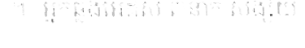
៕  អ្នកឆ្លងអេដស៍ ៣នាក់ សង្ស័យ